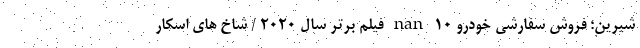
شیرین؛ فروش سفارشی خودرو nan 10 فیلم برتر سال 2020 / شاخ های اسکار